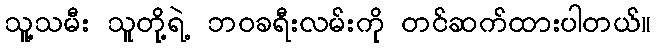
သူ့သမီး သူတို့ရဲ့ ဘဝခရီးလမ်းကို တင်ဆက်ထားပါတယ်။